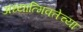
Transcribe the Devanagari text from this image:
अध्यात्मिक्तेच्या